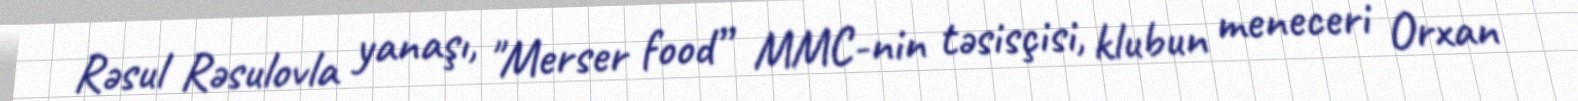
Rəsul Rəsulovla yanaşı, "Merser food” MMC-nin təsisçisi, klubun meneceri Orxan